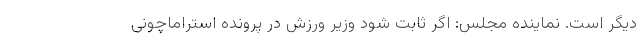
دیگر است. نماینده مجلس: اگر ثابت شود وزیر ورزش در پرونده استراماچونی